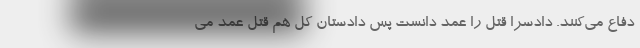
دفاع می‌کنند. دادسرا قتل را عمد دانست پس دادستان کل هم قتل عمد می